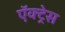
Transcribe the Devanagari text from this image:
ऍक्ट्रेस